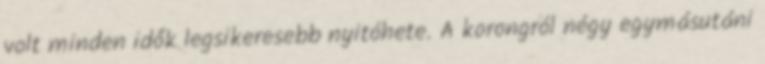
volt minden idők legsikeresebb nyitóhete. A korongról négy egymásutáni